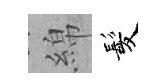
綿髪